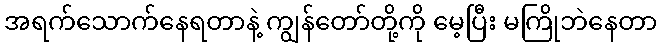
အရက်သောက်နေရတာနဲ့ ကျွန်တော်တို့ကို မေ့ပြီး မကြိုဘဲနေတာ